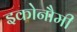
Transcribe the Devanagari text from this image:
इकोनौमी